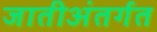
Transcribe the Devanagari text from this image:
जातीअंतर्गत